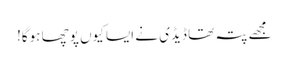
مجھے پتہ تھا ڈیڈی نے ایسا کیوں پوچھا ہوگا!